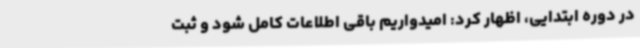
در دوره ابتدایی، اظهار کرد: امیدواریم باقی اطلاعات کامل شود و ثبت